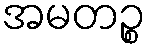
အမတဉ္စ